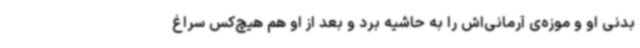
بدنی او و موزه‌ی آرمانی‌اش را به حاشیه برد و بعد از او هم هیچ‌کس سراغ